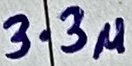
Text: 3.3u